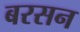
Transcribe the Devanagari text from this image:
बरसन